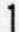
1